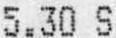
5.30 S